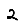
Digit: 2